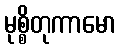
မုစ္စိတုကာမော